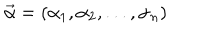
\vec { \alpha } = { ( \alpha _ { 1 } , \alpha _ { 2 } , . . . , \alpha _ { n } ) }